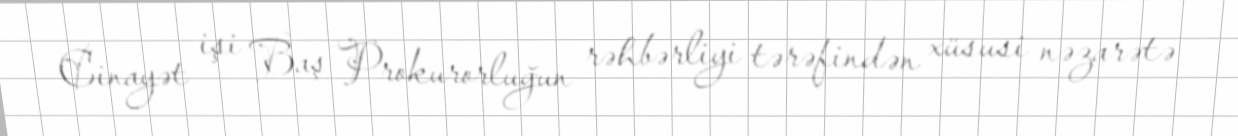
Cinayət işi Baş Prokurorluğun rəhbərliyi tərəfindən xüsusi nəzarətə